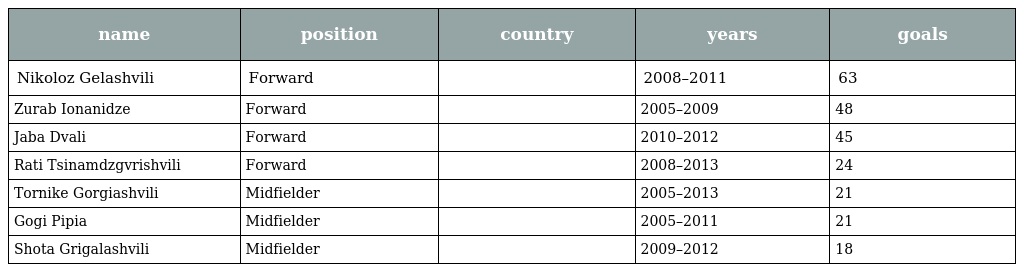
| name | position | country | years | goals |
 | --- | --- | --- | --- | --- |
 | Nikoloz Gelashvili | Forward |  | 2008–2011 | 63 |
 | Zurab Ionanidze | Forward |  | 2005–2009 | 48 |
 | Jaba Dvali | Forward |  | 2010–2012 | 45 |
 | Rati Tsinamdzgvrishvili | Forward |  | 2008–2013 | 24 |
 | Tornike Gorgiashvili | Midfielder |  | 2005–2013 | 21 |
 | Gogi Pipia | Midfielder |  | 2005–2011 | 21 |
 | Shota Grigalashvili | Midfielder |  | 2009–2012 | 18 |